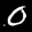
Label: 0